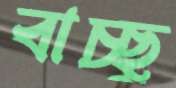
বাচ্ছু